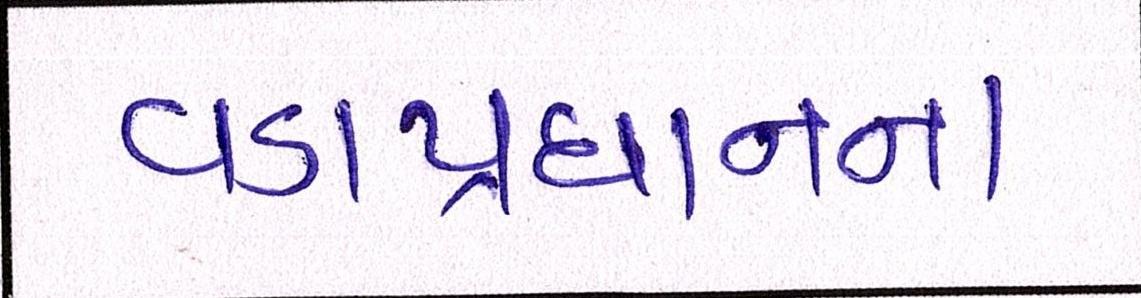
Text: વડાપ્રધાનના